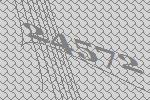
24572